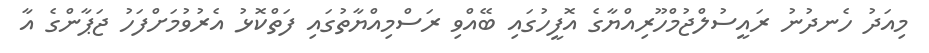
މިއަދު ހެނދުނު ރައީސުލްޖުމްހޫރިއްޔާގެ އޮފީހުގައި ބޭއްވި ރަސްމިއްޔާތުގައި ފަތްކޮޅު އެރުވުމަށްފަހު ޖަޕާންގެ އާ